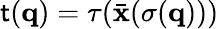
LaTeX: \mathsf{t}({\mathbf{q}})=\tau(\bar{{\mathbf{x}}}(\sigma({\mathbf{q}})))